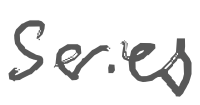
Text: series
Cross-out: clean
Writing tool: digital_gray